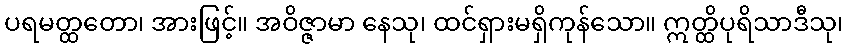
ပရမတ္ထတော၊ အားဖြင့်။ အဝိဇ္ဇာမာ နေသု၊ ထင်ရှားမရှိကုန်သော။ ဣတ္ထိပုရိသာဒီသု၊